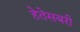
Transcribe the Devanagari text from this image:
हेतेसबरी